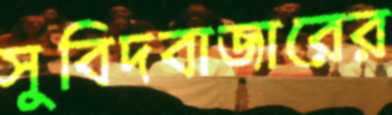
সুবিদবাজারের